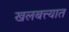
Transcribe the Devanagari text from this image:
खलबत्त्यात